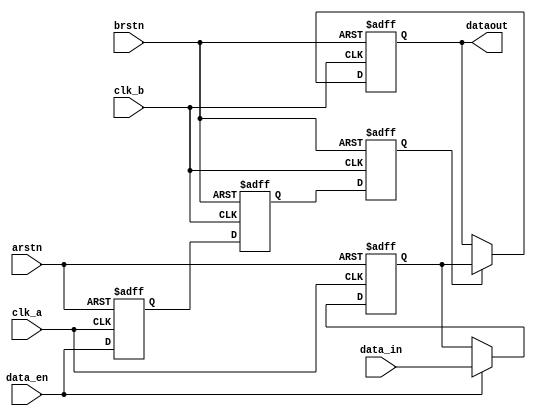
module synchronizer (
    input wire clk_a,
    input wire clk_b,
    input wire arstn,
    input wire brstn,
    input wire [3:0] data_in,
    input wire data_en,
    output reg [3:0] dataout
);

    // Data register to store input data on clk_a
    reg [3:0] data_reg;
    always @(posedge clk_a or negedge arstn) begin
        if (!arstn)
            data_reg <= 4'b0000;
        else if (data_en)
            data_reg <= data_in;
    end

    // Enable data register to store input enable on clk_a
    reg en_data_reg;
    always @(posedge clk_a or negedge arstn) begin
        if (!arstn)
            en_data_reg <= 1'b0;
        else
            en_data_reg <= data_en;
    end

    // Synchronizer flip-flops for the enable signal on clk_b
    reg en_clk_b_one, en_clk_b_two;
    always @(posedge clk_b or negedge brstn) begin
        if (!brstn) begin
            en_clk_b_one <= 1'b0;
            en_clk_b_two <= 1'b0;
        end else begin
            en_clk_b_one <= en_data_reg;
            en_clk_b_two <= en_clk_b_one;
        end
    end

    // Output assignment based on the synchronized enable signal
    always @(posedge clk_b or negedge brstn) begin
        if (!brstn)
            dataout <= 4'b0000;
        else if (en_clk_b_two)
            dataout <= data_reg;
        // No else condition to hold the previous value when not enabled
    end

endmodule